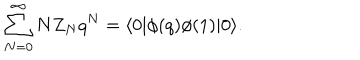
\sum _ { N = 0 } ^ { \infty } N Z _ { N } q ^ { N } = \langle 0 | \phi ( q ) \phi ( 1 ) | 0 \rangle .